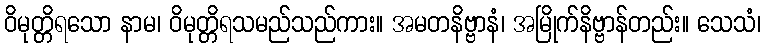
ဝိမုတ္တိရသော နာမ၊ ဝိမုတ္တိရသမည်သည်ကား။ အမတနိဗ္ဗာနံ၊ အမြိုက်နိဗ္ဗာန်တည်း။ သေသံ၊